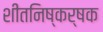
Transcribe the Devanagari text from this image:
शीतनिष्कर्षक